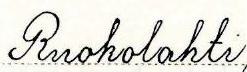
Ruokolahti